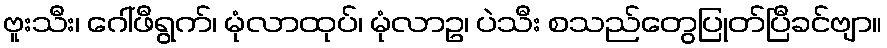
ဗူးသီး၊ ဂေါ်ဖီရွက်၊ မုံလာထုပ်၊ မုံလာဥ၊ ပဲသီး စသည်တွေပြုတ်ပြီခင်ဗျာ။